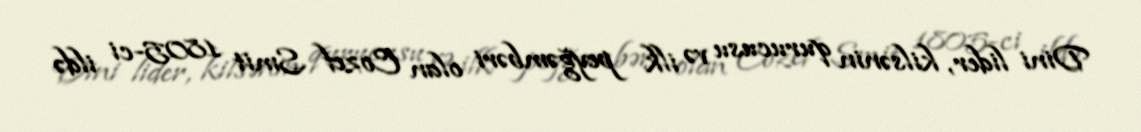
Dini lider, kilsənin qurucusu və ilk peyğəmbəri olan Cozef Smit 1805-ci ildə